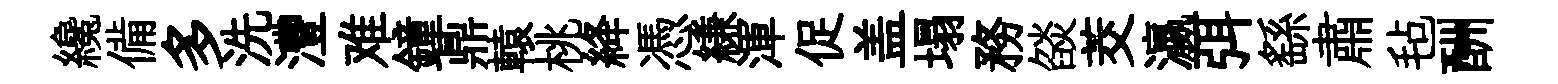
纔備多洗灃难鐘鼎轅桃絳憑縑渾促盖塌務燄茭瀛弭繇肅毡酬